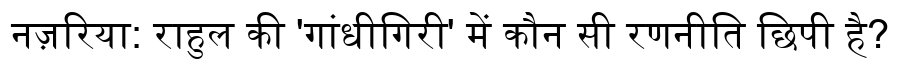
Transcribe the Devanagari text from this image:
नज़रिया: राहुल की 'गांधीगिरी' में कौन सी रणनीति छिपी है?